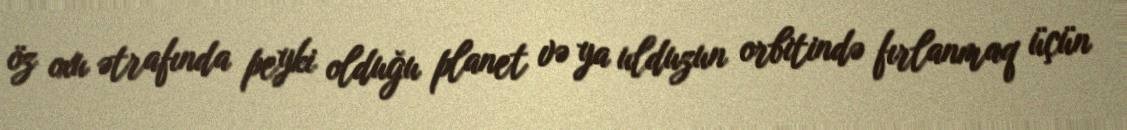
öz oxu ətrafında peyki olduğu planet və ya ulduzun orbitində fırlanmaq üçün